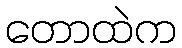
တောထဲက